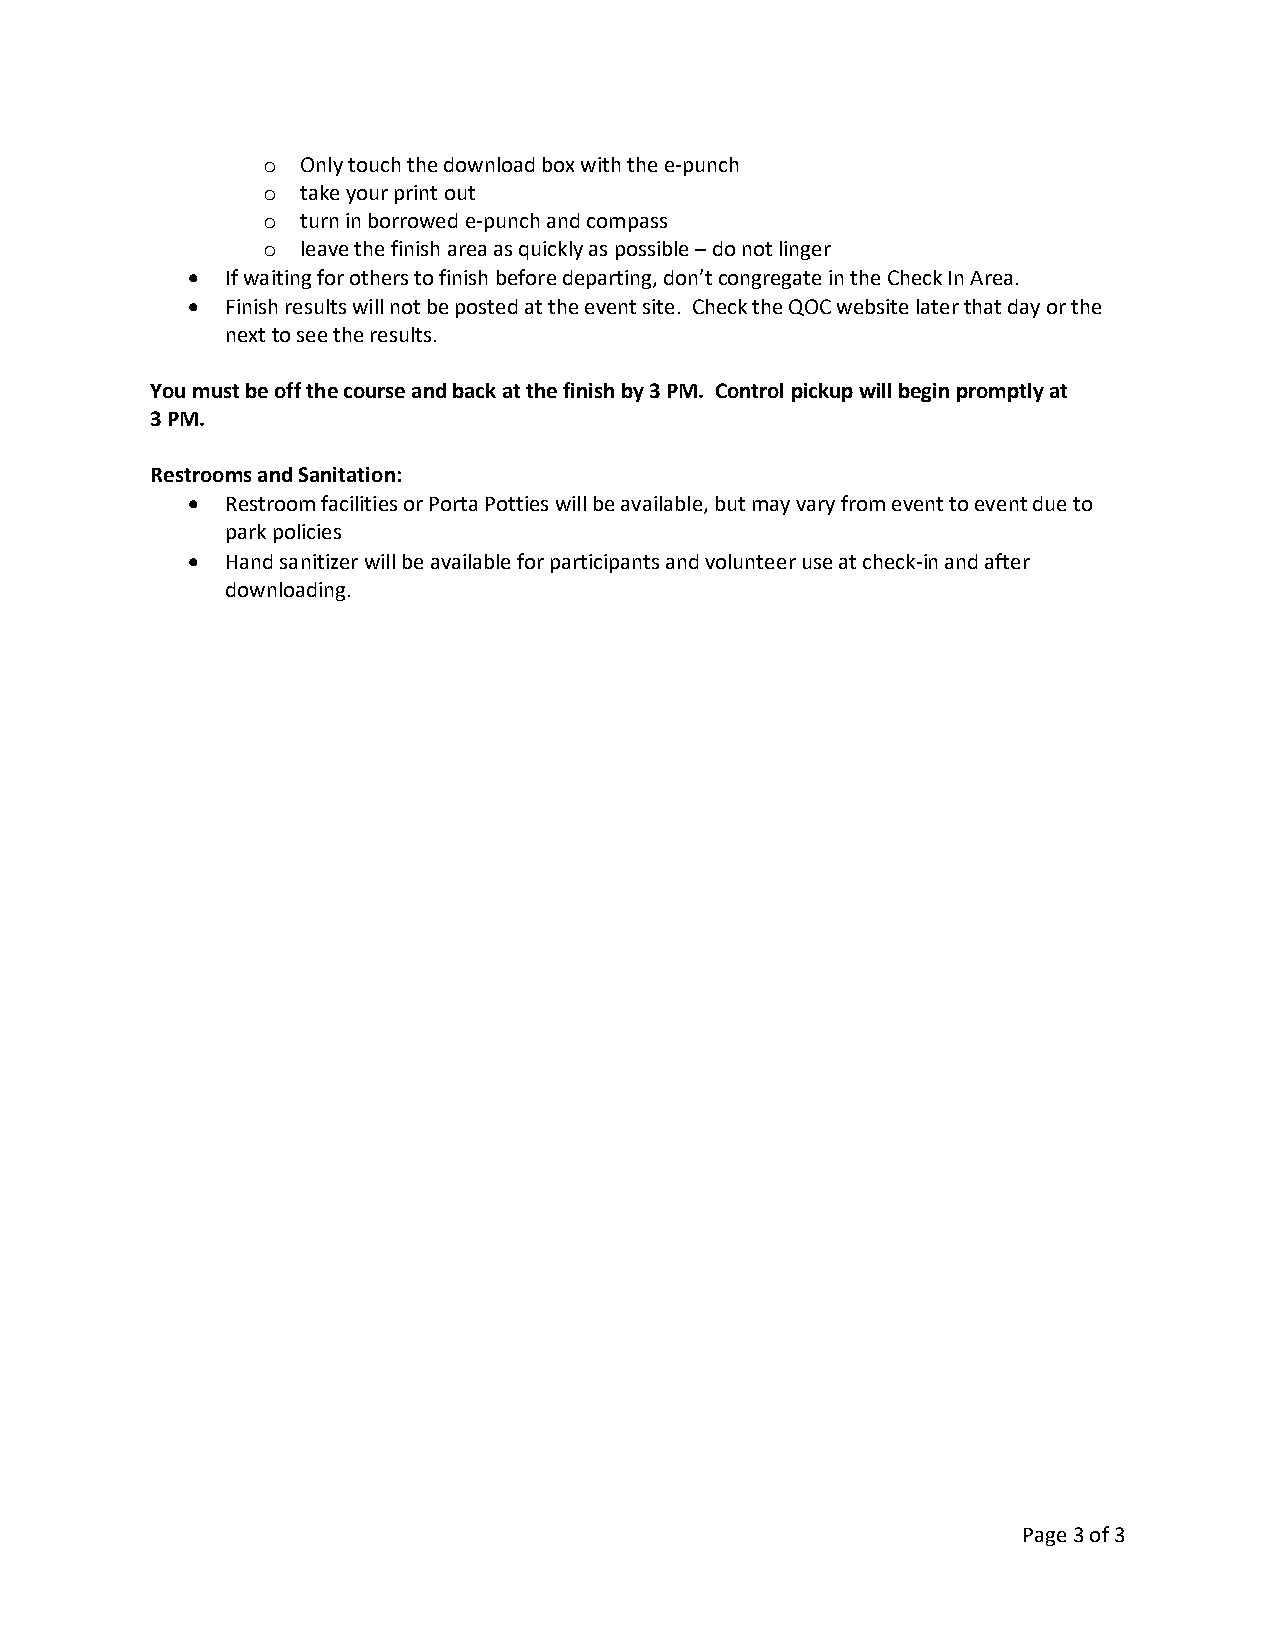
o  Only touch the download box with the e-punch
 o  take your print out
 o  turn in borrowed e-punch and compass
 o  leave the finish area as quickly as possible – do not linger
   If waiting for others to finish before departing, don’t congregate in the Check In Area.
   Finish results will not be posted at the event site. Check the QOC website later that day or the
 next to see the results.
 You must be off the course and back at the finish by 3 PM. Control pickup will begin promptly at
 3 PM.
 Restrooms and Sanitation:
   Restroom facilities or Porta Potties will be available, but may vary from event to event due to
 park policies
   Hand sanitizer will be available for participants and volunteer use at check-in and after
 downloading.
 Page 3 of 3